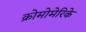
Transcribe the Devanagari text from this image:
क्रोमोमेरिके